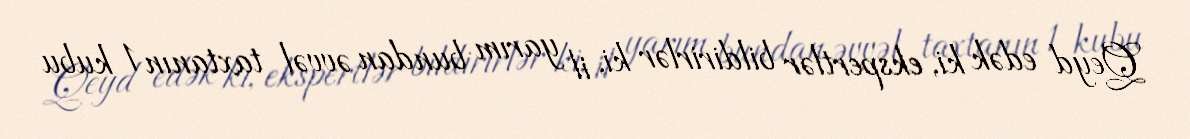
Qeyd edək ki, ekspertlər bildirirlər ki, il yarım bundan əvvəl taxtanın 1 kubu